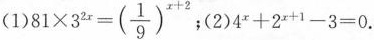
(1) $$8 1 \times 3 ^ { 2 x } = ( \frac { 1 } { 9 } ) ^ { x + 2 }$$;(2)$$4 x + 2 x + 1 - 3 = 0$$.